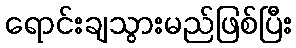
ရောင်းချသွားမည်ဖြစ်ပြီး